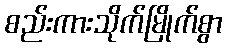
စည်းကားသိုက်မြိုက်စွာ